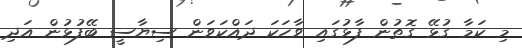
މި ކަމާ ގުޅޭ ގޮތުން ފާޅުގައި ވާހަކަ ދައްކަވަން ސިޔާސީ ބޭފުޅުން އަދި